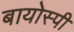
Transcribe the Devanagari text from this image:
बायोस्पी